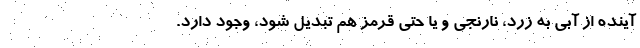
آینده از آبی به زرد، نارنجی و یا حتی قرمز هم تبدیل شود، وجود دارد.